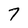
Character: 7